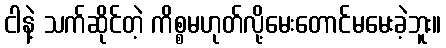
ငါနဲ့ သက်ဆိုင်တဲ့ ကိစ္စမဟုတ်လို့မေးတောင်မမေးခဲ့ဘူး။